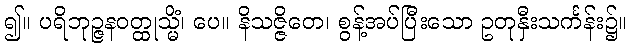
၍။ ပရိဘုဉ္ဇနဝတ္ထုသ္မိံ၊ ပေ။ နိသဇ္ဇိတေ၊ စွန့်အပ်ပြီးသော ဥတုနှီးသင်္ကန်း၌။